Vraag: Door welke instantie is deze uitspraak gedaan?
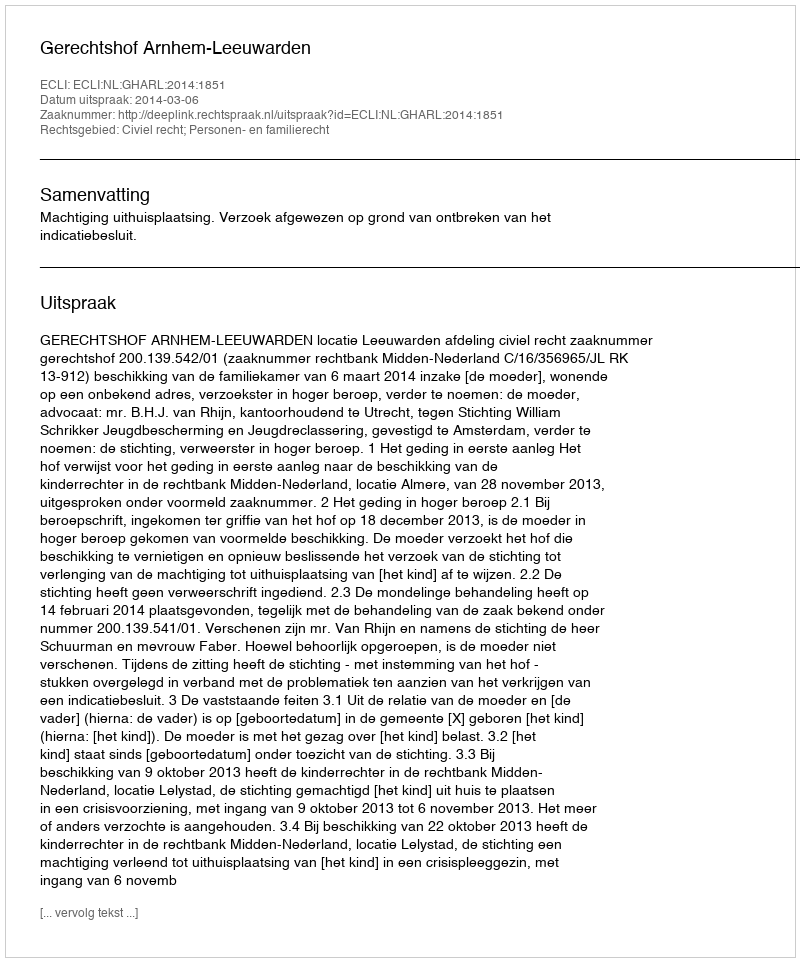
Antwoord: Gerechtshof Arnhem-Leeuwarden